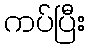
ကပ်ပြီး